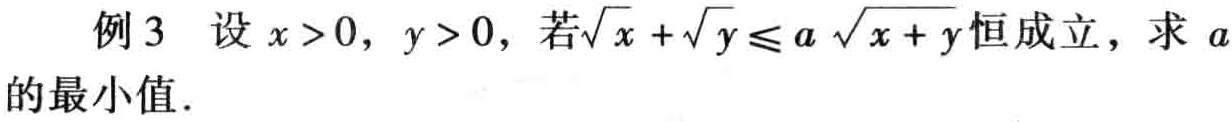
例3 设\(x > 0\)，\(y > 0\)，若\(\sqrt{x}+\sqrt{y}\leq a\sqrt{x + y}\)恒成立，求\(a\)的最小值．